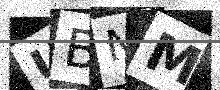
Text: UBNM